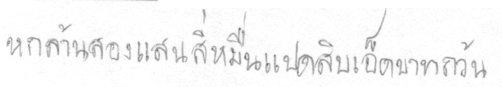
หกล้านสองแสนสี่หมื่นแปดสิบเอ็ดบาทถ้วน